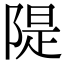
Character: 隄